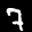
Label: 7